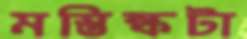
মস্তিষ্কটা